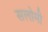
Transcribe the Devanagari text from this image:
सलोमी